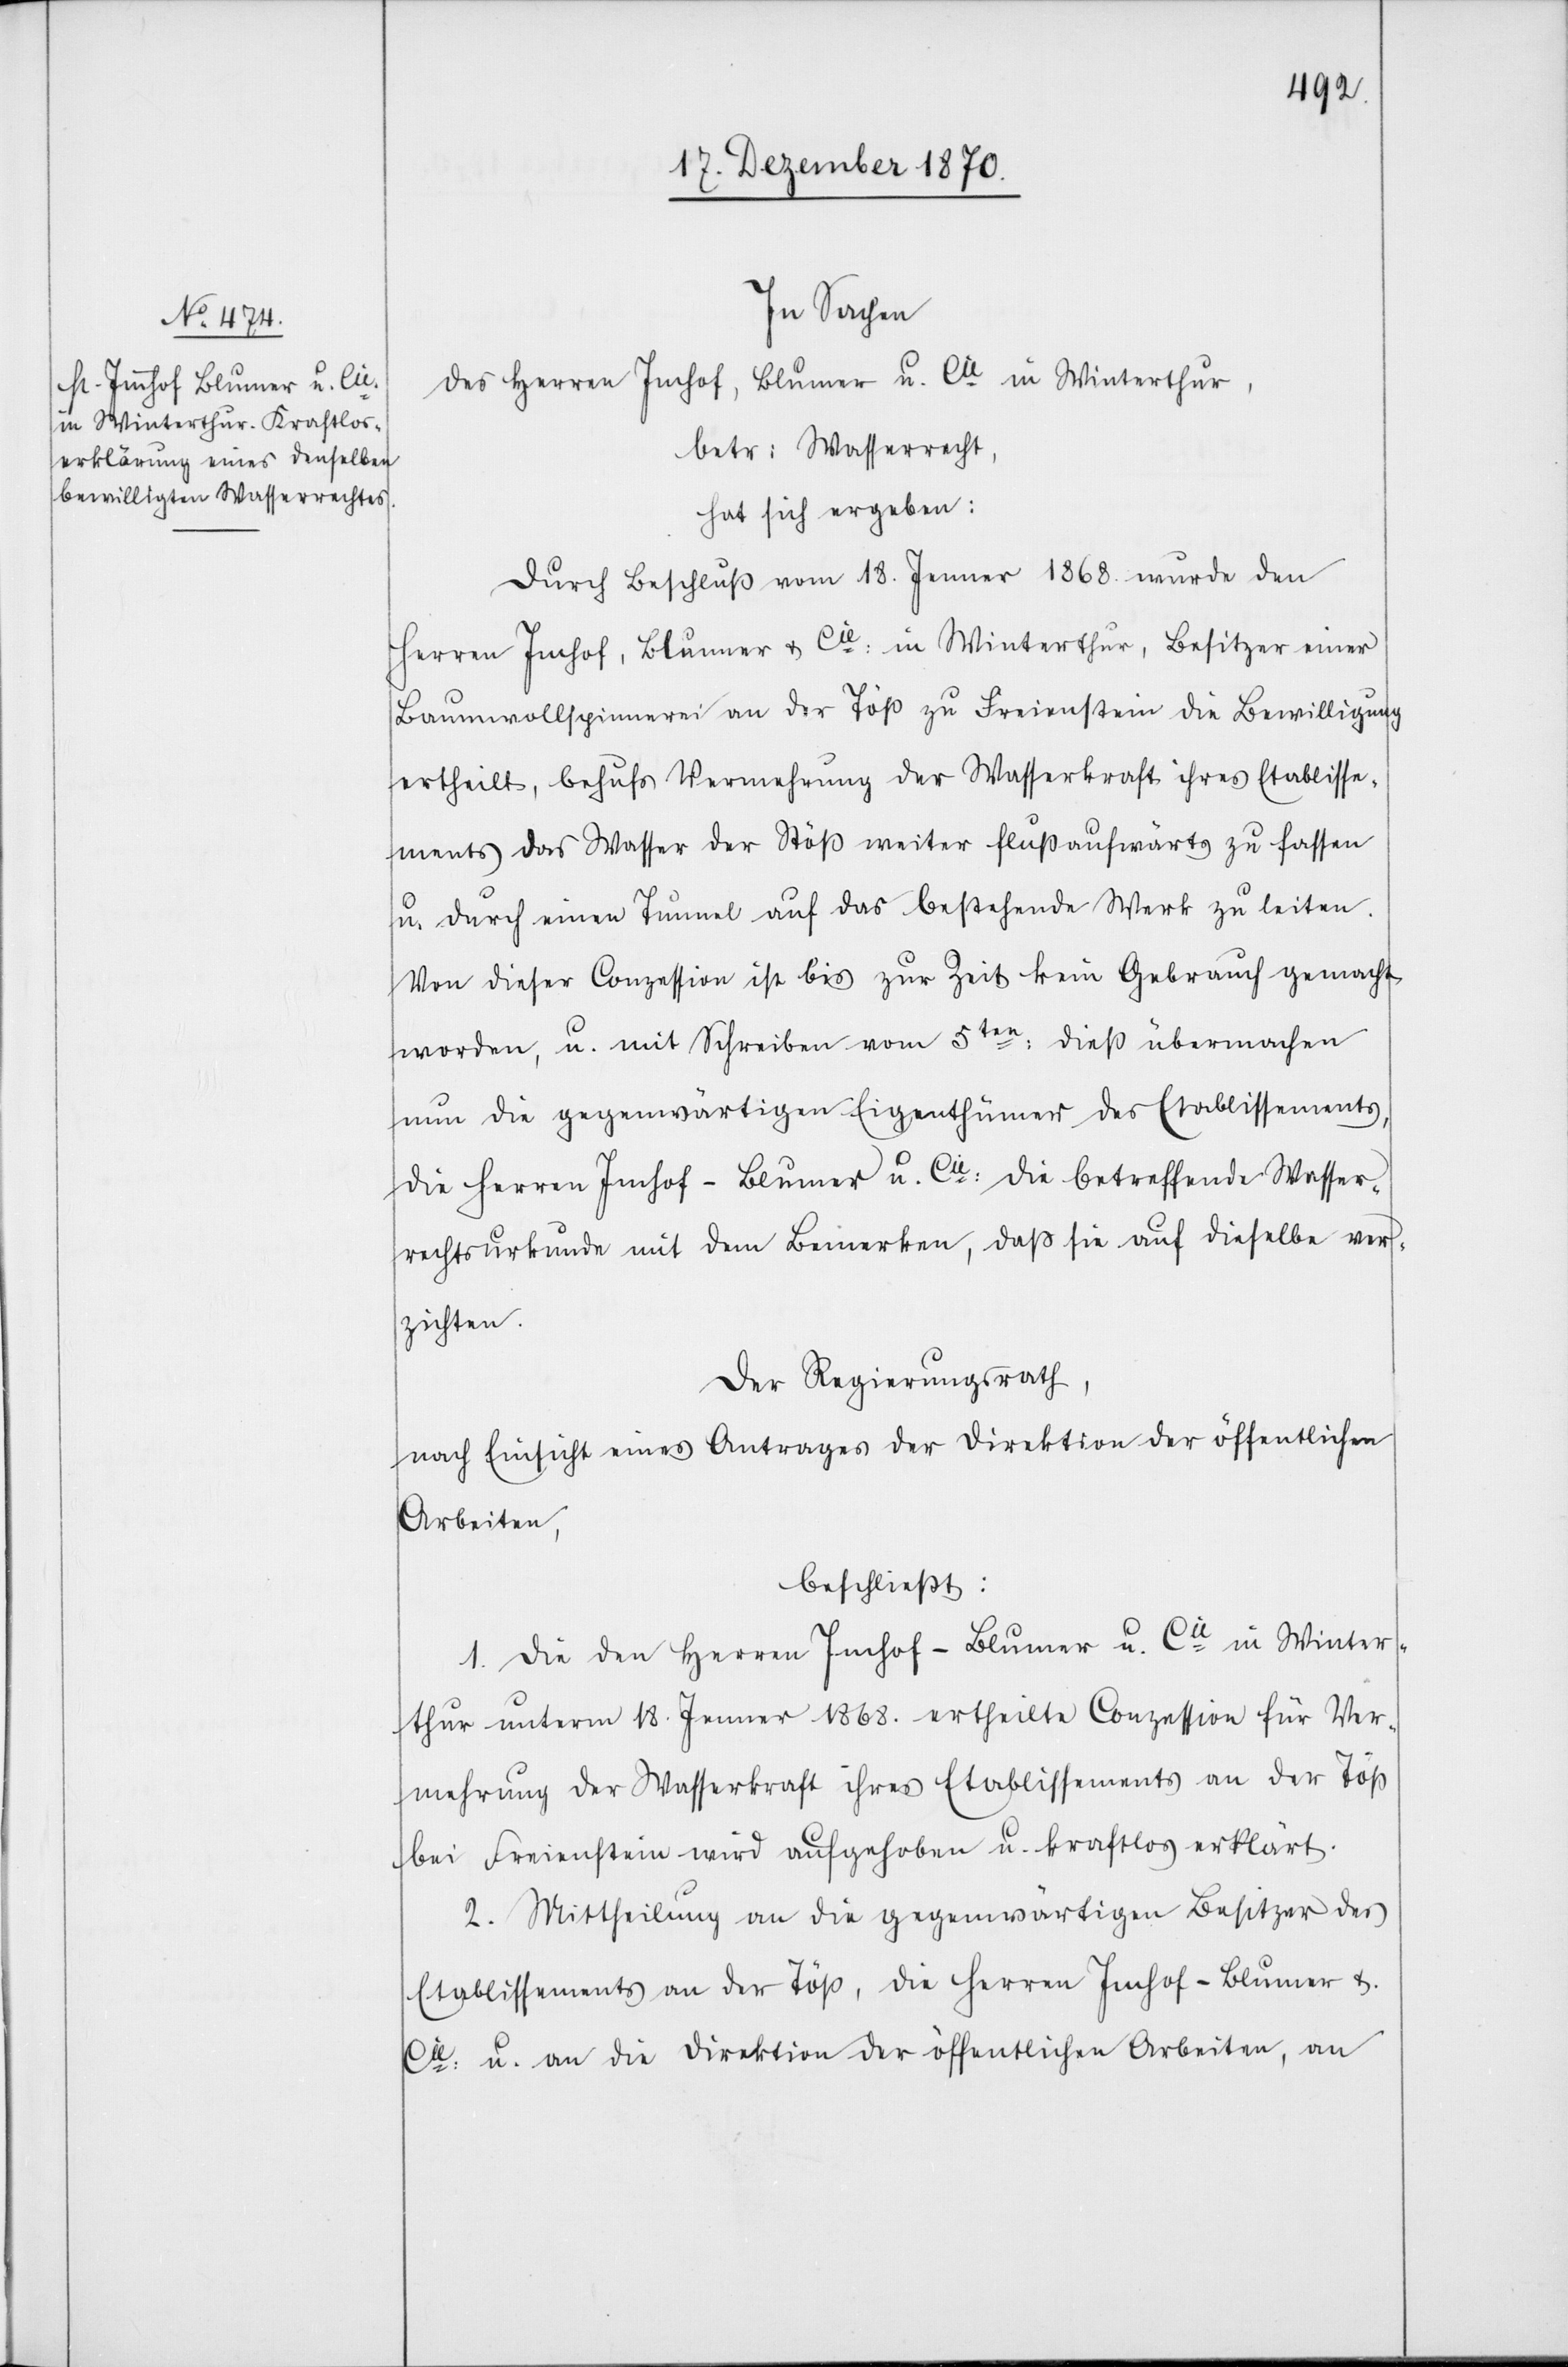
In Sachen
des Herren Imhof [sic!], Blumer u. Cie in Winterthur,
betr: Wasserrecht,
hat sich ergeben:
Durch Beschluß vom 18. Jenner 1868. wurde den
Herren Imhof, Blumer & Cie: in Winterthur, Besitzer einer
Baumwollspinnerei an der Töß zu Freienstein die Bewilligung
ertheilt, behufs Vermehrung der Wasserkraft ihres Etablisse¬
ments das Wasser der Stöß [recte: Töß] weiter flußaufwärts zu fassen
u. durch Tunnel auf das bestehende Werk zu leiten.
Von dieser Conzession ist bis zur Zeit kein Gebrauch gemacht
worden, u. mit Schreiben vom 5ten: dieß übermachen
nun die gegenwärtigen Eigenthümer des Etablissements,
die Herren Imhof-Blumer u. Cie: die betreffende Wasser¬
rechtsurkunde mit dem Bemerken, daß sie auf dieselbe ver¬
zichten.
Der Regierungsrath,
nach Einsicht eines Antrages der Direktion der öffentlichen
Arbeiten,
beschließt:
1. Die den Herren Imhof-Blumer u. Cie in Winter¬
thur unterm 18. Jenner 1868. ertheilte Conzession für Ver¬
mehrung der Wasserkraft ihres Etablissements an der Töß
bei Freienstein wird aufgehoben u. kraftlos erklärt.
2. Mittheilung an die gegenwärtigen Besitzer des
Etablissements an der Töß, die Herren Imhof-Blumer &
Cie: u. an die Direktion der öffentlichen Arbeiten, an